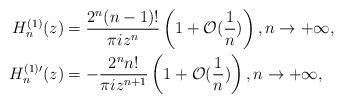
LaTeX: \begin{align*}H_{n}^{(1)}(z) &= \frac{2^{n}(n-1)!}{\pi iz^{n}}\left(1+\mathcal{O}(\frac{1}{n})\right),n \rightarrow +\infty,\\H_{n}^{(1)\prime}(z) &= -\frac{2^{n} n!}{\pi iz^{n+1}} \left(1+\mathcal{O}(\frac{1}{n})\right),n \rightarrow +\infty,\end{align*}